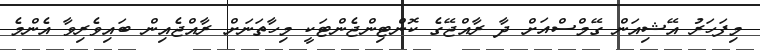
މިފަހަރު އޭޝިއަން ގޭމްސްއަށް ދާ ރާއްޖޭގެ ކޮންޓިންޖެންޓަކީ މިހާތަނަށް ރާއްޖެއިން ބައިވެރިވާ އެންމެ